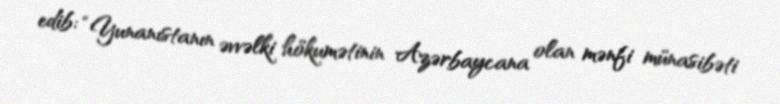
edib: “Yunanıstanın əvvəlki hökumətinin Azərbaycana olan mənfi münasibəti